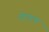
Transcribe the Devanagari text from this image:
पीएएच